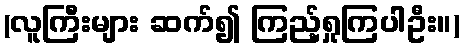
(လူကြီးများ ဆက်၍ ကြည့်ရှုကြပါဦး။)